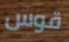
قوس